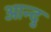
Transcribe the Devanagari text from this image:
आन्दु